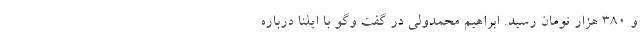
و 380 هزار تومان رسید. ابراهیم محمدولی در گفت وگو با ایلنا درباره